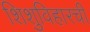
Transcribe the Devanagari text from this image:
शिशुविहारची